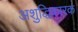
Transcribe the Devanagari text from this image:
अशुद्धिकारक